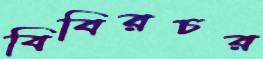
বিবিরচর